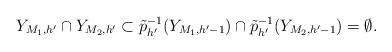
LaTeX: \begin{align*}Y_{M_1,h'}\cap Y_{M_2,h'} \subset \tilde{p}_{h'}^{-1}(Y_{M_1,h'-1})\cap \tilde{p}_{h'}^{-1}(Y_{M_2,h'-1})=\emptyset. \end{align*}